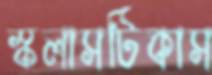
স্কলাসটিকাস